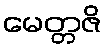
မေတ္တဇိ